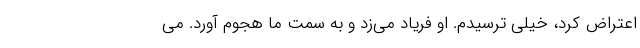
اعتراض کرد، خیلی ترسیدم. او فریاد می‌زد و به سمت ما هجوم آورد. می